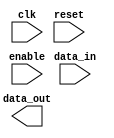
module io_buffer (
    input wire clk,
    input wire [7:0] data_in,
    input wire enable,
    input wire reset,
    output wire [7:0] data_out
);

// High-speed buffer functionality
// Add your code here

endmodule